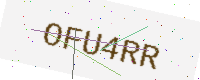
Text: OFU4RR